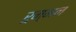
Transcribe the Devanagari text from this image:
रुम्मन